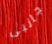
جانبى